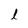
Character: l